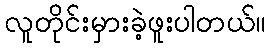
လူတိုင်းမှားခဲ့ဖူးပါတယ်။